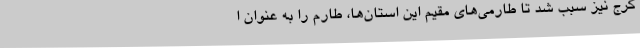
کرج نیز سبب شد تا طارمی‌های مقیم این استان‌ها، طارم را به عنوان ا